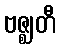
ဗဇ္ဈတီ